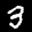
Label: 3